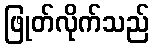
ဖြုတ်လိုက်သည်